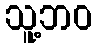
သူ့ဘဝ